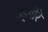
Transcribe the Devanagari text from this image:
उड्गीरॆ